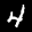
Label: 4